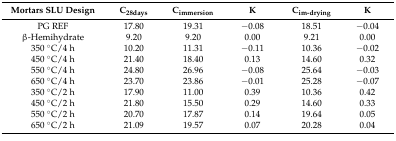
<table><thead><tr><td><b>Mortars SLU Design</b></td><td><b>C<sub>28days</sub></b></td><td><b>C<sub>immersion</sub></b></td><td><b>K</b></td><td><b>C<sub>im-drying</sub></b></td><td><b>K</b></td></tr></thead><tbody><tr><td>PG REF</td><td>17.80</td><td>19.31</td><td>−0.08</td><td>18.51</td><td>−0.04</td></tr><tr><td>β-Hemihydrate</td><td>9.20</td><td>9.20</td><td>0.00</td><td>9.21</td><td>0.00</td></tr><tr><td>350 °C/4 h</td><td>10.20</td><td>11.31</td><td>−0.11</td><td>10.36</td><td>−0.02</td></tr><tr><td>450 °C/4 h</td><td>21.40</td><td>18.40</td><td>0.13</td><td>14.60</td><td>0.32</td></tr><tr><td>550 °C/4 h</td><td>24.80</td><td>26.96</td><td>−0.08</td><td>25.64</td><td>−0.03</td></tr><tr><td>650 °C/4 h</td><td>23.70</td><td>23.86</td><td>−0.01</td><td>25.28</td><td>−0.07</td></tr><tr><td>350 °C/2 h</td><td>17.90</td><td>11.00</td><td>0.39</td><td>10.36</td><td>0.42</td></tr><tr><td>450 °C/2 h</td><td>21.80</td><td>15.50</td><td>0.29</td><td>14.60</td><td>0.33</td></tr><tr><td>550 °C/2 h</td><td>20.70</td><td>17.87</td><td>0.14</td><td>19.64</td><td>0.05</td></tr><tr><td>650 °C/2 h</td><td>21.09</td><td>19.57</td><td>0.07</td><td>20.28</td><td>0.04</td></tr></tbody></table>